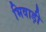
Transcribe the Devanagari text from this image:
भिवाड़ी